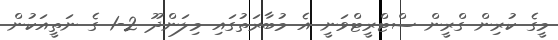
މީގެ ކުރިން ގްރީން ސްޓްރީޓްވަނީ އެ މުބާރަތުގައި މިލަންދޫ 2-1 ގެ ނަތީއަކުން